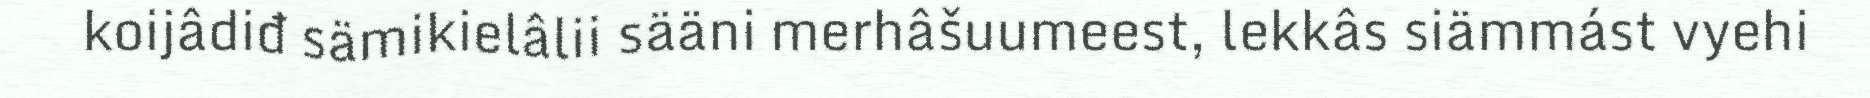
koijâdiđ sämikielâlii sääni merhâšuumeest, lekkâs siämmást vyehi